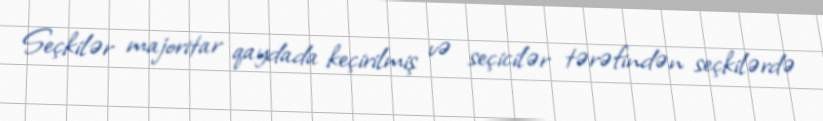
Seçkilər majoritar qaydada keçirilmiş və seçicilər tərəfindən seçkilərdə